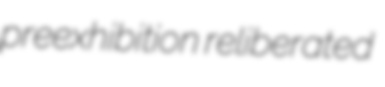
preexhibition reliberated